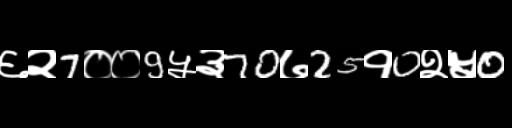
Text: ६२7००9५३70७25१0२५0